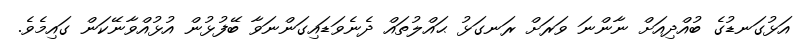
އަޅުގަނޑުގެ ބުއްދިއަށް ނާންނަ ވަރަށް ރަނގަޅު ޙައްލުތައް ދެނެވަޑައިގަންނަވާ ބޭފުޅުން އުޅުއްވާނޭކަން ގައިމެވެ.